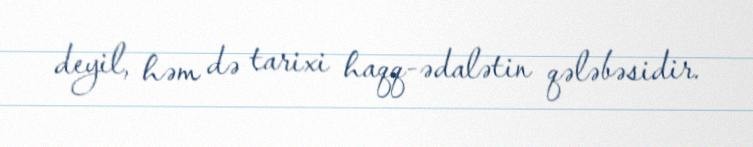
deyil, həm də tarixi haqq-ədalətin qələbəsidir.